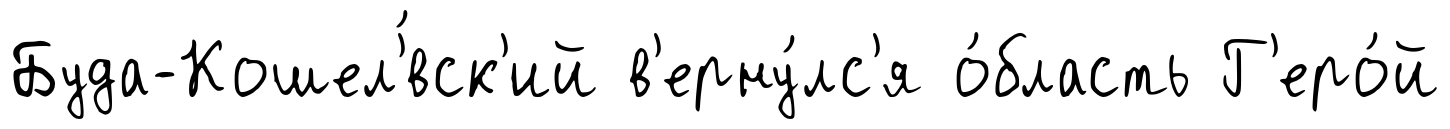
Буда-Кошел'́вск'ий в'ерну́лс'я о́бласть Г'еро́й